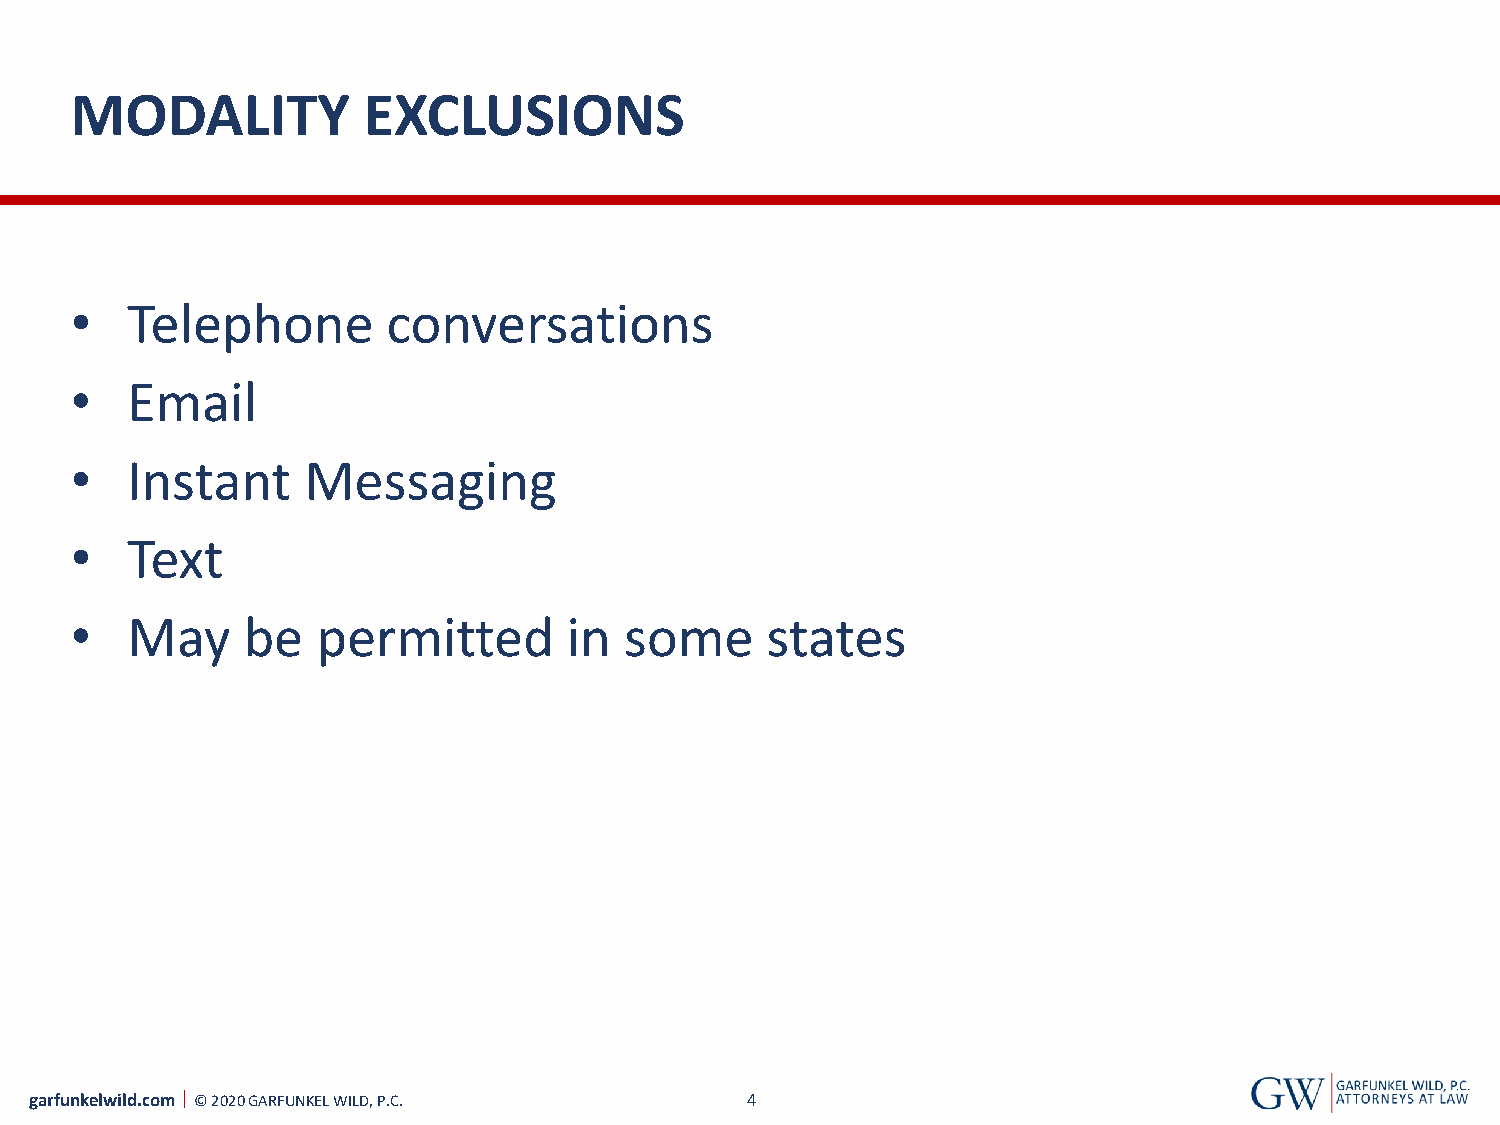
MODALITY           EXCLUSIONS
 •  Telephone         conversations
 •  Email
 •  Instant     Messaging
 •  Text
 •  May     be   permitted        in some      states
 garfunkelwild.com © 2020 GARFUNKEL WILD, P.C.  4